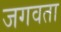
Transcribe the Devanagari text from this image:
जगवता